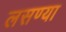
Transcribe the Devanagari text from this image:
लसण्या